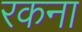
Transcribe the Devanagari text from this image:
रकना